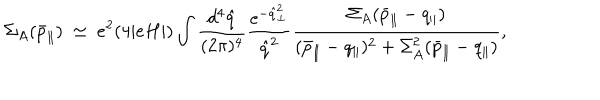
\Sigma _ { A } ( \bar { p } _ { \parallel } ) ~ \simeq ~ e ^ { 2 } ( 4 | e H | ) \int \frac { d ^ { 4 } \hat { q } } { ( 2 \pi ) ^ { 4 } } \frac { \mathrm { e } ^ { - \hat { q } _ { \perp } ^ { 2 } } } { \hat { q } ^ { 2 } } \frac { \Sigma _ { A } ( \bar { p } _ { \parallel } - q _ { \parallel } ) } { ( \bar { p } _ { \parallel } - q _ { \parallel } ) ^ { 2 } + \Sigma _ { A } ^ { 2 } ( \bar { p } _ { \parallel } - q _ { \parallel } ) } ,